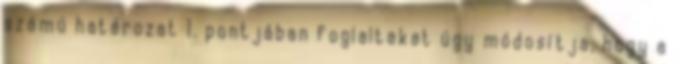
számú határozat 1. pontjában foglaltakat úgy módosítja, hogy a